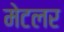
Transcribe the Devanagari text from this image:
मेटलर